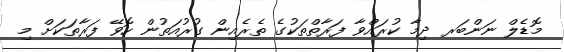
މޮޑެލް ނަންބަރ ދިމާ ކުރައްވާ ފަރާތްތަކުގެ ތެރެއިން ގުރުއަތުން ހޮވޭ ފަރާތަކަށް މި